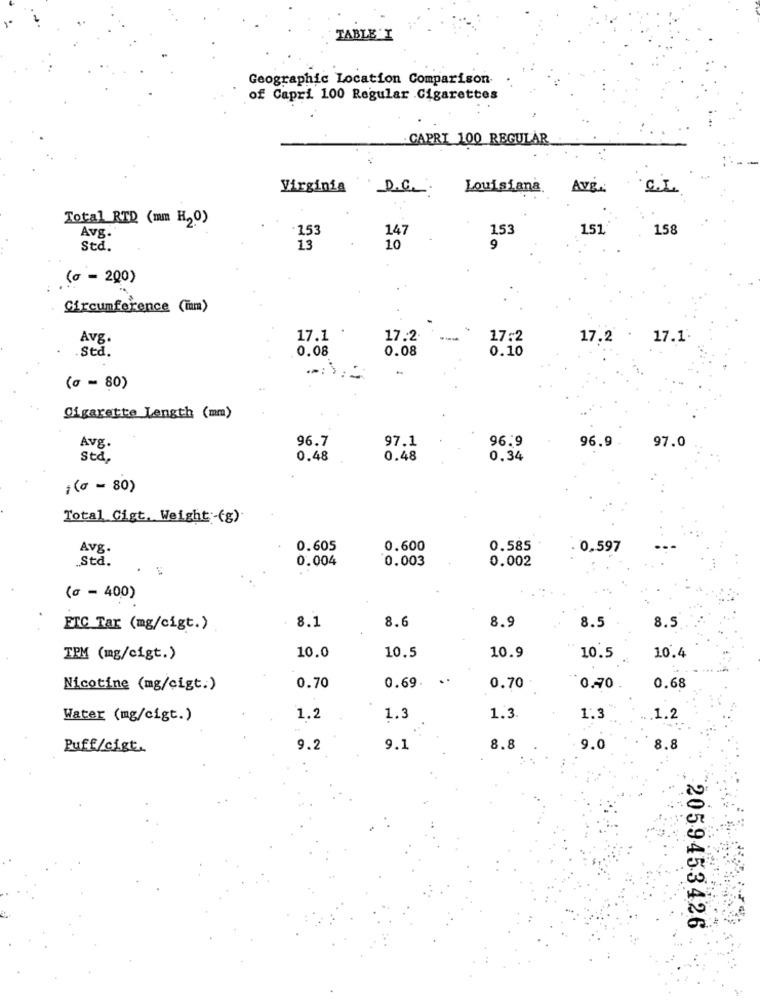
TABLE 'I
Geographic Location Comparison-
of Capri 100 Regular Cigarettes
CAPRI 100 REGULAR
Virginia
D.C.
Louisiana
AVE
C.
Total RTD (mm H20)
·153
147
151'
158
Avg.
1.53
Std.
13
10
9
(0 - 200)
Circumference (Tam)
Avg.
17.1
17.2
17:2
17.2
17.1
.Std.
0.08
0.08
0.10
(a - 80)
Cigarette Length (mm)
Avg.
96.7
96.9
97.1
96.9
97.0
Std
0.48
0.48
0.34
¡(a - 80)
Total Gigt. Weight -(g)
Avg.
0.605
0.600
0.585
0.597
0.004
0.003
0.002
.Std.
(0 - 400)
8.1
8.6
8.5
ETC Tar (mg/cigt.)
8.9
8.5
TPM (mg/cigt.)
10.0
10.5
10.9
10.5
10.4
0.69.
..
Nicotine (mg/cigt.)
0.70
0.70
0.70
0.68
Water (mg/cigt.)
1.2
1.3
1.3
1.3
1.2
Puff/cigt.
9.2
9.1
8.8
9.0
8.8
2059453426